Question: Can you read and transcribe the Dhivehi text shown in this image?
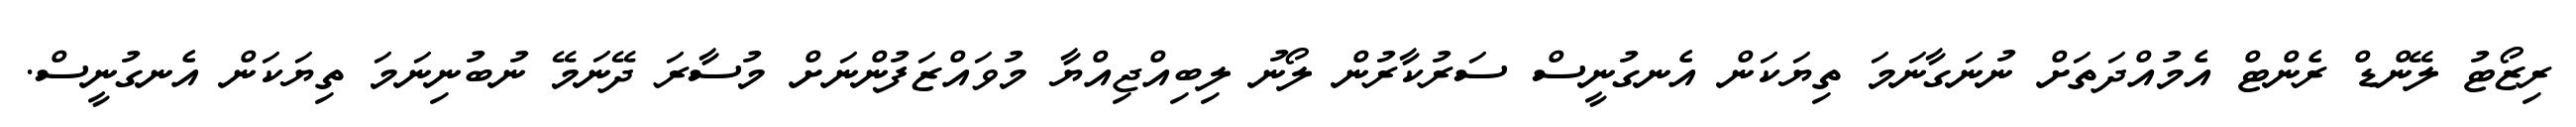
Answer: ރިޒޯޓު ލޭންޑް ރެންޓް އެމުއްދަތަށް ނުނަގާނަމަ ތިޔަކަން އެނގުނީސް ސަރުކާރުން ލޯނު ލިބިއްޖިއްޔާ މުވައްޒަފުންނަށް މުސާރަ ދޭނަމޭ ނުބުނިނަމަ ތިޔަކަން އެނގުނީސް.